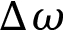
\Delta \omega